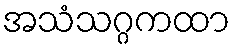
အသံသဂ္ဂကထာ